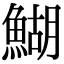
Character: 鰗